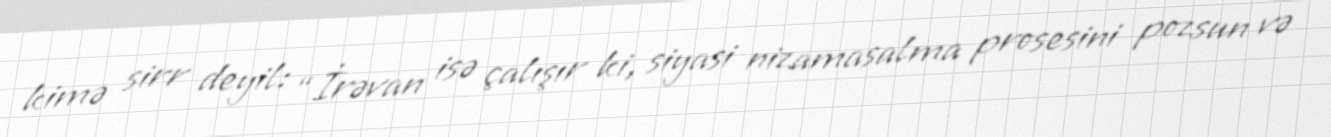
kimə sirr deyil: “İrəvan isə çalışır ki, siyasi nizamasalma prosesini pozsun və